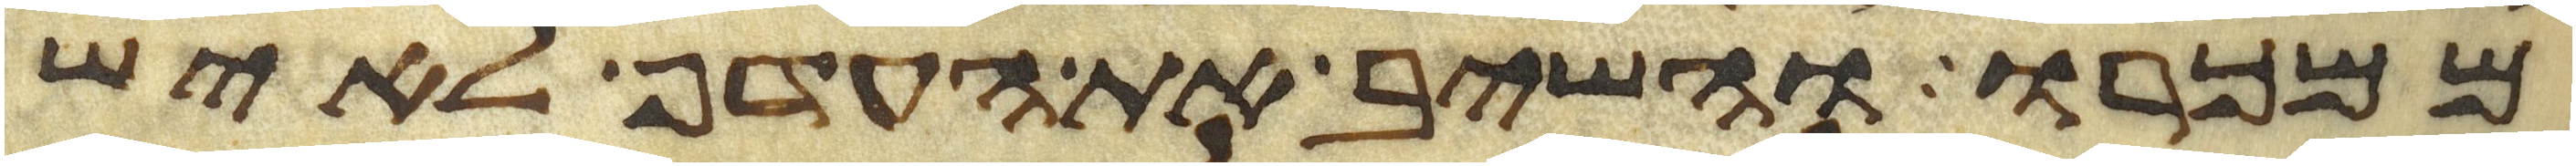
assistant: ממכרו והשיב את העדף לאיש